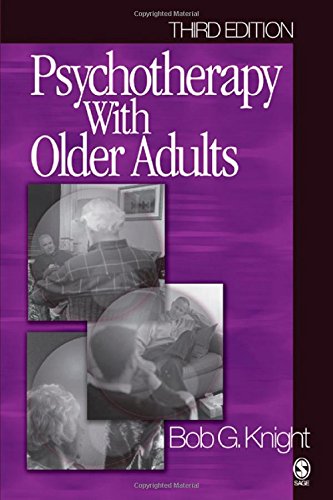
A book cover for Psychotherapy with Older Adults; Bob G. Knight; Politics & Social Sciences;